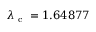
\lambda _ { \mathrm { ~ c ~ } } = 1 . 6 4 8 7 7